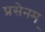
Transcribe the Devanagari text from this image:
प्रसेनम्‌